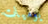
يوميات